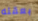
بعقله